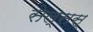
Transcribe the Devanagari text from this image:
सेल्सस्